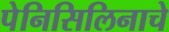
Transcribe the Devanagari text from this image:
पेनिसिलिनाचे